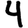
Digit: 4